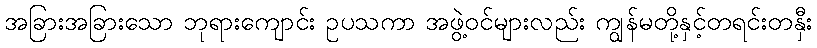
အခြားအခြားသော ဘုရားကျောင်း ဥပသကာ အဖွဲ့ဝင်များလည်း ကျွန်မတို့နှင့်တရင်းတနှီး